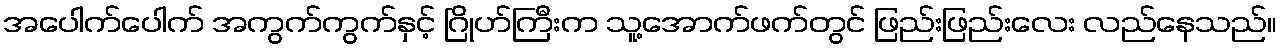
အပေါက်ပေါက် အကွက်ကွက်နှင့် ဂြိုဟ်ကြီးက သူ့အောက်ဖက်တွင် ဖြည်းဖြည်းလေး လည်နေသည်။